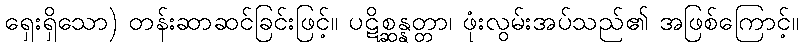
ရှေးရှိသော) တန်းဆာဆင်ခြင်းဖြင့်။ ပဋိစ္ဆန္နတ္တာ၊ ဖုံးလွမ်းအပ်သည်၏ အဖြစ်ကြောင့်။